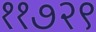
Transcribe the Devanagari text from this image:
११७२९